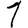
Digit: 1